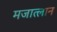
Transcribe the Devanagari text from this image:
मजात्लान